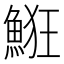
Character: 𩷗